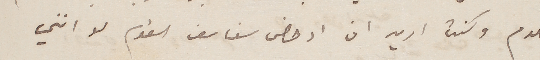
اللوم وكنت اريد ان ادحض سفاسف القوم لو انني